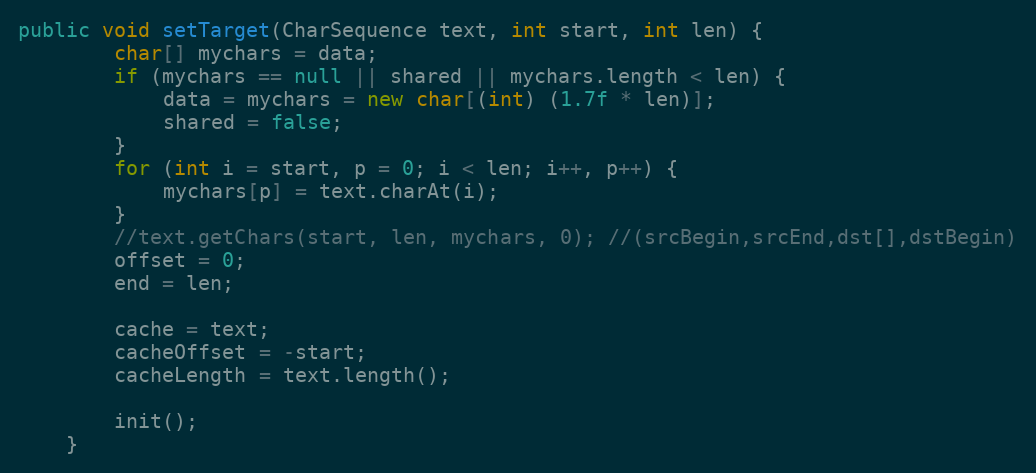
Language: Java
public void setTarget(CharSequence text, int start, int len) {
        char[] mychars = data;
        if (mychars == null || shared || mychars.length < len) {
            data = mychars = new char[(int) (1.7f * len)];
            shared = false;
        }
        for (int i = start, p = 0; i < len; i++, p++) {
            mychars[p] = text.charAt(i);
        }
        //text.getChars(start, len, mychars, 0); //(srcBegin,srcEnd,dst[],dstBegin)
        offset = 0;
        end = len;

        cache = text;
        cacheOffset = -start;
        cacheLength = text.length();

        init();
    }